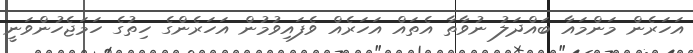
އަހަރެން މަންމައާ ބައްދަލު ނުވާތާ އެތައް އަހަރެއް ވެފައިވުމުން އަހަރެންގެ ހިތުގެ ހަމަޖެހުންވަނީ